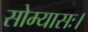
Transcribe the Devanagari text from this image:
सोम्यासः।